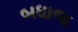
બધાજ